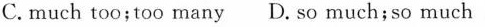
C.much too;too many D.so much;so much